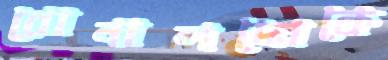
রোনালদোকে